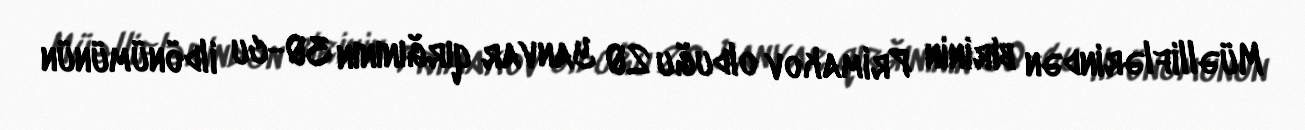
Müəlliflərindən birinin Primakov olduğu 20 Yanvar qırğınının 30-cu ildönümünün